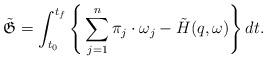
LaTeX: \begin{align*}\tilde{\mathfrak{G}} = \int_{t_0}^{t_f} \Bigg\{ \sum_{j=1}^n\pi_j \cdot \omega_j - \tilde{H}(q,\omega)\Bigg\}\,dt.\end{align*}